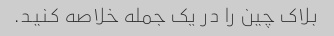
بلاک چین را در یک جمله خلاصه کنید.